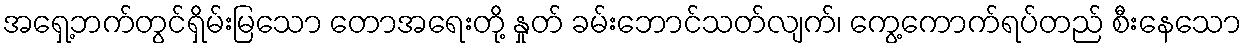
အရှေ့ဘက်တွင်ရှိမ်းမြသော တောအရေးတို့ နှုတ် ခမ်းဘောင်သတ်လျက်၊ ကွေ့ကောက်ရပ်တည် စီးနေသော